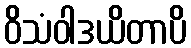
ဝိသံဝါဒယိတာပိ